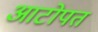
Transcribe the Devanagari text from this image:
आटोपत